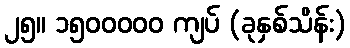
၂၅။ ၁၅၀၀၀၀၀ ကျပ် (ခုနှစ်သိန်း)